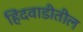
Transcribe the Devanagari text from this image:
हिंदवाडीतील